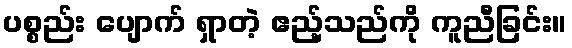
ပစ္စည်း ပျောက် ရှာတဲ့ ဧည့်သည်ကို ကူညီခြင်း။